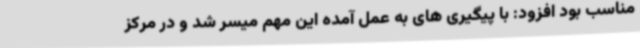
مناسب بود افزود: با پیگیری های به عمل آمده این مهم میسر شد و در مرکز